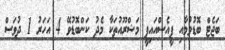
ބަޖެޓް ބޮޑުވުމާއި ޕީއެސްއައިޕީ މަޝްރޫއުތަކާ މެދު ކަންބޮޑުވޭ 4 އަހަރު 1 ދުވަސް